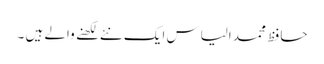
حافظ محمد الیاس ایک نئے لکھنے والے ہیں ۔